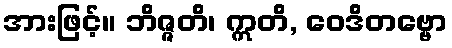
အားဖြင့်။ ဘိဇ္ဇတိ၊ ဣတိ, ဝေဒိတဗ္ဗော